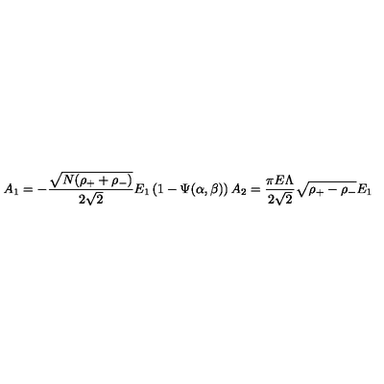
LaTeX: A _ { 1 } = - \frac { \sqrt { N ( \rho _ { + } + \rho _ { - } ) } } { 2 \sqrt 2 } E _ { 1 } \left( 1 - \Psi ( \alpha , \beta ) \right) A _ { 2 } = \frac { \pi E \Lambda } { 2 \sqrt 2 } \sqrt { \rho _ { + } - \rho _ { - } } E _ { 1 }